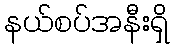
နယ်စပ်အနီးရှိ